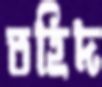
তহিদ